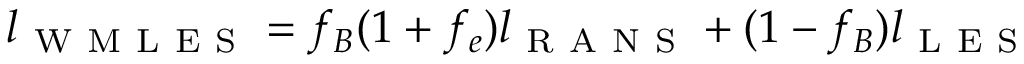
l _ { \mathrm { ~ W ~ M ~ L ~ E ~ S ~ } } = f _ { B } ( 1 + f _ { e } ) l _ { \mathrm { ~ R ~ A ~ N ~ S ~ } } + ( 1 - f _ { B } ) l _ { \mathrm { ~ L ~ E ~ S ~ } }